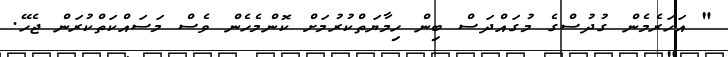
" އަހަރެމެން ގުދުސްގެ މުގައްދަސް ބިން ހިމާޔަތްކުރުމަށް ކޮންމެހެން ވެސް މަސައްކަތްކުރަން ޖެހޭ.